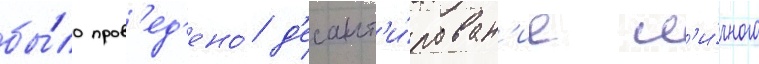
бы́ло пров'ед'ено́ д'есант'и́рован'ие л'и́чного